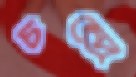
চন্দ্রে